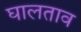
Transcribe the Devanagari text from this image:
घालताव